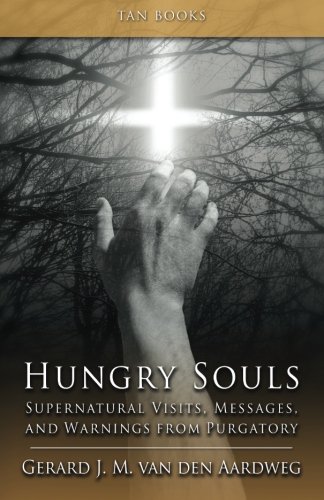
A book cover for Hungry Souls: Supernatural Visits, Messages, and Warnings from Purgatory; Gerard J.M. van den Aardweg; Politics & Social Sciences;